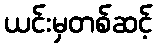
ယင်းမှတစ်ဆင့်